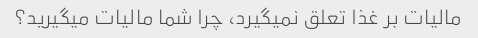
مالیات بر غذا تعلق نمیگیرد، چرا شما مالیات میگیرید؟